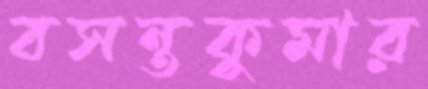
বসন্তকুমার